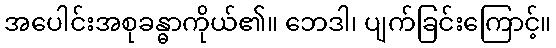
အပေါင်းအစုခန္ဓာကိုယ်၏။ ဘေဒါ၊ ပျက်ခြင်းကြောင့်။